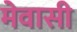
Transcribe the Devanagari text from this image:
मेवासी